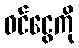
ဝင်ငွေကို